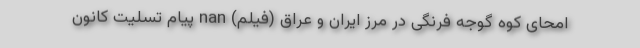
امحای کوه گوجه فرنگی در مرز ایران و عراق (فیلم) nan پیام تسلیت کانون